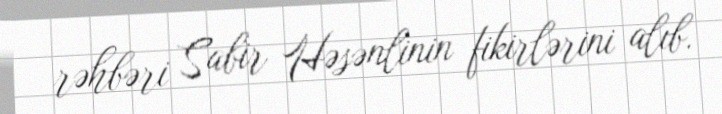
rəhbəri Sabir Həsənlinin fikirlərini alıb.